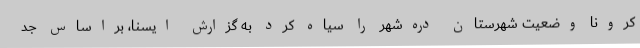
کرونا وضعیت شهرستان دره‌شهر را سیاه کرد به گزارش ایسنا، براساس جد